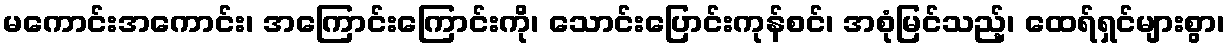
မကောင်းအကောင်း၊ အကြောင်းကြောင်းကို၊ သောင်းပြောင်းကုန်စင်၊ အစုံမြင်သည့်၊ ထေရ်ရှင်များစွာ၊